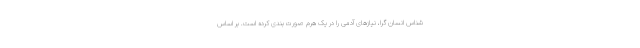
شناس انسان گرا، نیازهای آدمی را در یک هرم صورت بندی کرده است. بر اساس